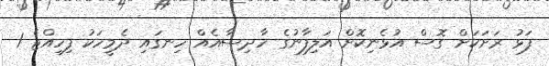
ފަޅު ރަށަކަށް ގޮސް އުޅެނިކޮށް އަލިފާނުގެ ހާދިސާއެއް ހިނގައި ދެމީހަކު ފިހިއްޖެ 1